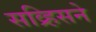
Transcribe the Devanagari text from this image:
सव्र्हिसने